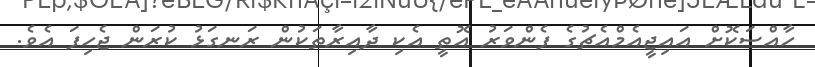
ހާއްސަކޮށް އައިޖީއެމްއެޗުގެ ފެންވަރު އޮތީ އެކި ދާއިރާތަކުން ރަނގަޅު ކުރަން ޖެހިފަ އެވެ.